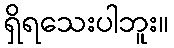
ရှိရသေးပါဘူး။